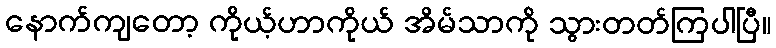
နောက်ကျတော့ ကိုယ့်ဟာကိုယ် အိမ်သာကို သွားတတ်ကြပါပြီ။